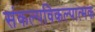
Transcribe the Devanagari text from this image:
संकल्पविकल्पात्मक